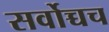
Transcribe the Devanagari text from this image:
सर्वोच्चच